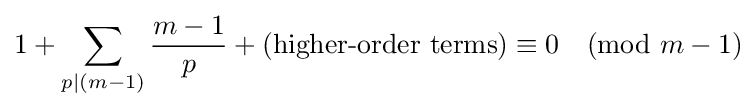
1+\sum _{p|(m-1)}{\frac {m-1}{p}}+({\text{higher-order terms}})\equiv 0{\pmod {m-1}}